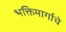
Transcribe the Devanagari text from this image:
भक्तिमार्गाचे